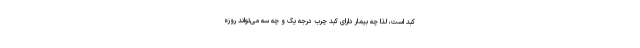
کبد است، لذا چه بیمار دارای کبد چرب درجه یک و چه سه می‌تواند روزه